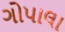
ગોપાલા